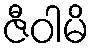
ဇီဝါမိ